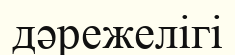
дәрежелігі